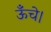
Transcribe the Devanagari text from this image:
ऊँचे।